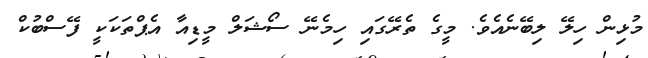
މުޅިން ހިލޭ ލިބޭނެއެވެ. މީގެ ތެރޭގައި ހިމެނޭ ސޯޝަލް މީޑިއާ އެޕްތަކަކީ ފޭސްބުކް